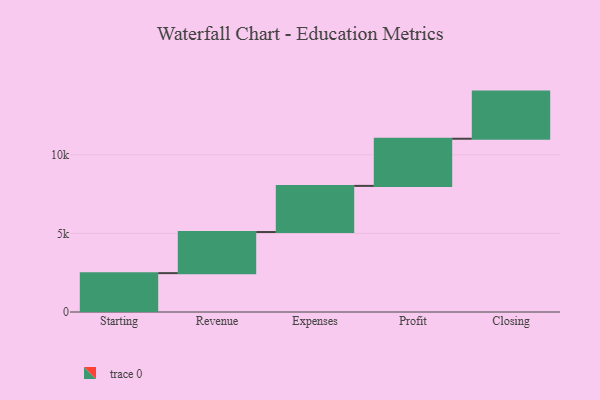
{"axis": {"x": "Step", "y": "Value"}, "legend": [""], "data": [{"x": "Starting", "y": 2473.0, "type": ""}, {"x": "Revenue", "y": 2616.0, "type": ""}, {"x": "Expenses", "y": 2937.0, "type": ""}, {"x": "Profit", "y": 3000, "type": ""}, {"x": "Closing", "y": 3000, "type": ""}]}